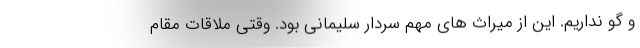
و گو نداریم. این از میراث های مهم سردار سلیمانی بود. وقتی ملاقات مقام